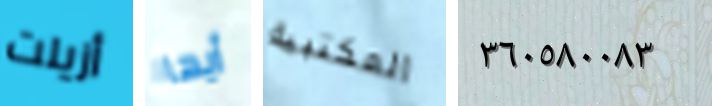
أزيلت أيها المكتبية ٣٦٠٥٨٠٠٨٣